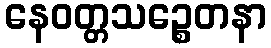
နေဝတ္တသဉ္စေတနာ